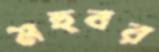
মহুবর